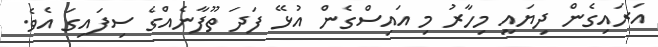
އަރައިގެން ދިޔަައީ މިހާރު މި އައިސްގެން އުޅޭ ފަދަ ތޫފާނެއްގެ ސިފައިގަ އެވެ.